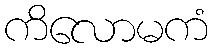
ကိလောမကံ